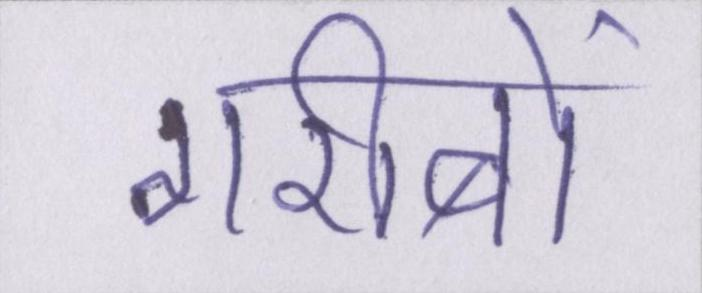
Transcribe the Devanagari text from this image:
गरीबों